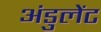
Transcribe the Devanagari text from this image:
अंडुलेंट